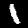
Label: 1